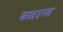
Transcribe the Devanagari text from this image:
ब्जाज